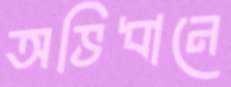
অভিধানে